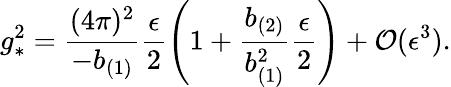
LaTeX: g_{*}^{2}=\frac{(4\pi)^{2}}{-b_{(1)}}\frac{\epsilon}{2}\left(1+\frac{b_{(2)}}{b_{(1)}^{2}}\frac{\epsilon}{2}\right)+{\cal O}(\epsilon^{3}).